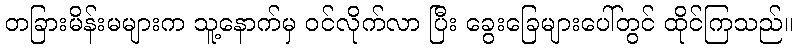
တခြားမိန်းမများက သူ့နောက်မှ ဝင်လိုက်လာ ပြီး ခွေးခြေများပေါ်တွင် ထိုင်ကြသည်။